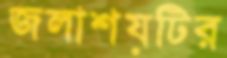
জলাশয়টির